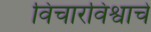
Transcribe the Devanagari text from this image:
विचारविश्वाचे